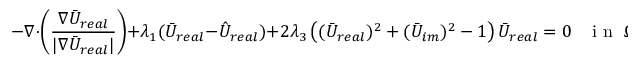
- \nabla \cdot \left( \frac { \nabla \bar { U } _ { r e a l } } { | \nabla \bar { U } _ { r e a l } | } \right) + \lambda _ { 1 } ( \bar { U } _ { r e a l } - \hat { U } _ { r e a l } ) + 2 \lambda _ { 3 } \left( ( \bar { U } _ { r e a l } ) ^ { 2 } + ( \bar { U } _ { i m } ) ^ { 2 } - 1 \right) \bar { U } _ { r e a l } = 0 \; \; \; \mathrm { ~ i ~ n ~ } \; \Omega